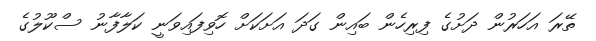
ތޭރަ އަހަރުން ދަށުގެ ފިރިހެން ބައިން ގަދަ އަށަކަށް ހޮވިފައިވަނީ ކަލާފާނު ސްކޫލުގެ